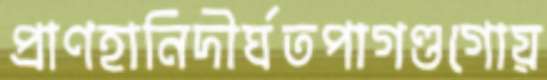
প্রাণহানিদীর্ঘতপাগণ্ডগোয়